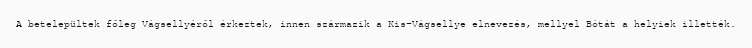
A betelepültek főleg Vágsellyéről érkeztek, innen származik a Kis-Vágsellye elnevezés, mellyel Bótát a helyiek illették.